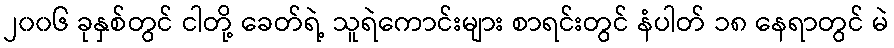
၂၀၀၆ ခုနှစ်တွင် ငါတို့ ခေတ်ရဲ့ သူရဲကောင်းများ စာရင်းတွင် နံပါတ် ၁၈ နေရာတွင် မဲ